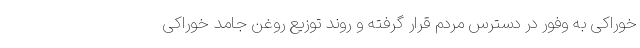
خوراکی به وفور در دسترس مردم قرار گرفته و روند توزیع روغن جامد خوراکی